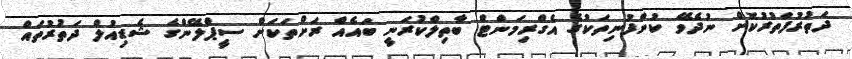
ދަތުރުފަތުރުކޮށް ނުދެވޭ ކުންފުނިތަކުގެ އެގްރިމަންޓް ބާތިލްކުރަނީ ބައެއް ރަށްތަކަށް ސީޕްލޭންގެ ޝެޑިއުލް ދަތުރުތައް